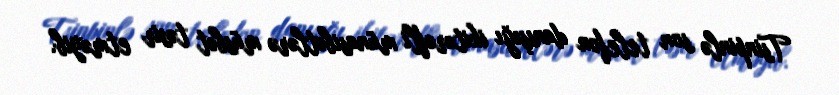
Tsinpinlə son telefon danışığı ikitərəfli münasibətlərə müsbət təsir etməyib.